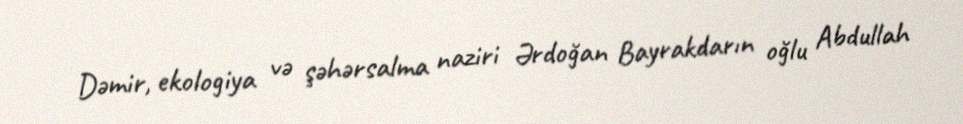
Dəmir, ekologiya və şəhərsalma naziri Ərdoğan Bayrakdarın oğlu Abdullah